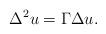
LaTeX: \begin{align*} \Delta^{2}u=\Gamma\Delta u.\end{align*}